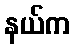
နယ်က